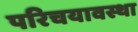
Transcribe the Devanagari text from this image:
परिचयावस्था